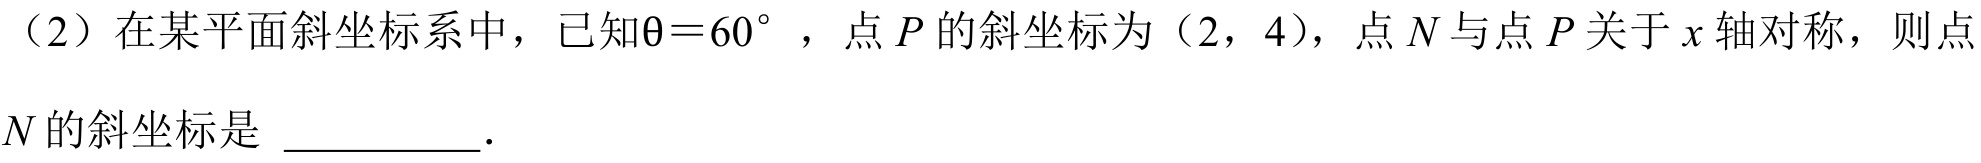
（2）在某平面斜坐标系中，已知$\theta = 60^{\circ}$，点$P$的斜坐标为（2，4），点$N$与点$P$关于$x$轴对称，则点
$N$的斜坐标是 \_\_\_\_\_\_．